Mental hospitals Bombay report 1921-28 - 1921-1928
Year: 1921
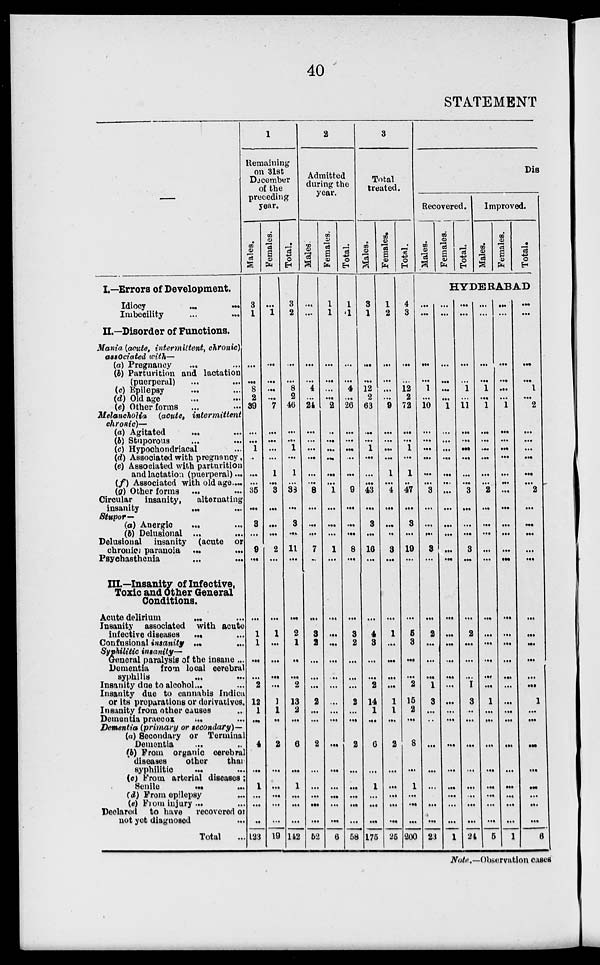
40
STATEMENT
—
I.—Errors of Development.
Idiocy ... ...
Imbecility ... ...
II.—Disorder of Functions.
Mania (acute, intermittent, chronic)
associated with—
(a) Pregnancy ... ...
(b) Parturition and lactation
(puerperal) ... ...
(c) Epilepsy ... ...
(d) Old age ... ...
(e) Other forms ... ...
Melancholia
(acute,
intermittent
chronic)—
(a) Agitated ... ...
(b) Stuporous ... ...
(c) Hypochondriacal ...
(d) Associated with pregnancy ...
(e) Associated with parturition ...
and lactation (puerperal) ...
(f) Associated with old age ...
(g) Other forms ... ...
Circular insanity,
alternating
insanity ... ...
Stupor—
(a) Anergic ... ...
(b) Delusional ... ...
Delusional insanity (acute or
chronic) paranoia ... ...
Psychasthenia
...
...
III.—Insanity of Infective,
Toxic and Other General
Conditions.
Acute delirium ... ...
Insanity associated with acute
infective diseases ... ...
Confusional insanity ... ...
Syphilitic insanity—
General paralysis of the insane ...
Dementia from local cerebral
syphilis
...
...
Insanity due to alcohol ... ...
Insanity due to cannabis Indica
or its preparations or derivatives.
Insanity from other causes ...
Dementia praecox ... ...
Dementia (primary or secondary)—
(a) Secondary or Terminal
Dementia ... ...
(6) From organic cerebral
diseases
other
than
syphilitic ... ...
(c) From arterial diseases
Senile ... ...
(d) From epilepsy ...
(e) From injury ...
Declared to have
recovered or
not yet diagnosed ...
Total ...
1
Remaining
on 31st
December
of the
preceding
year.
Males.
3
1
...
...
8
2
39
...
...
1
..
...
...
35
...
3
...
9
...
...
1
1
...
...
2
12
1
...
4
...
1
...
...
...
123
Females.
...
1
...
...
...
...
7
...
...
...
...
1
...
3
...
...
...
2
...
...
1
...
...
...
...
1
1
...
2
...
...
...
...
...
19
Total.
3
2
...
...
8
2
46
...
...
1
...
1
...
38
...
3
...
11
...
...
2
1
...
...
2
13
2
...
6
...
1
...
...
...
142
2
Admitted
during the
year.
Males.
...
...
...
...
4
...
24
...
...
...
...
...
...
8
...
...
...
7
...
...
3
2
...
...
...
2
...
...
2
...
...
...
...
...
52
Females.
1
1
...
...
...
...
2
...
...
...
...
...
...
1
...
...
...
1
...
...
...
...
...
...
...
...
...
...
...
...
...
...
...
...
6
Total.
1
1
...
...
4
...
26
...
...
...
...
...
...
9
...
...
...
8
...
...
3
2
...
...
...
2
...
...
2
...
...
...
...
...
58
3
Total
treated.
Males.
3
1
...
...
12
2
63
...
...
1
...
...
...
43
...
3
...
16
...
...
4
3
...
...
2
14
1
...
6
...
1
...
...
...
175
Females.
1
2
...
...
...
...
9
...
...
...
...
1
...
4
...
...
...
3
...
...
1
...
...
...
...
1
1
...
2
...
...
...
...
...
25
Total.
4
3
...
...
12
2
72
...
...
1
...
1
..
47
...
3
...
19
...
...
5
3
...
...
2
15
2
...
8
...
1
...
...
...
200
Dis
Recovered.
Males.
Females.
Total.
Improved.
Males.
Females.
Total.
HYDERABAD
...
...
...
...
1
...
10
...
...
...
...
...
...
3
...
...
...
3
...
...
2
...
...
...
1
3
...
...
...
...
...
...
...
...
23
...
...
...
...
...
...
1
...
...
...
...
...
...
...
...
...
...
...
...
...
...
...
...
...
...
...
...
...
...
...
...
...
...
...
1
...
...
...
...
1
...
11
...
...
...
...
...
...
3
...
...
...
3
...
...
2
...
...
...
1
3
...
...
...
...
...
...
...
...
24
...
...
...
...
1
...
1
...
...
...
...
...
...
2
...
...
...
...
...
...
...
...
...
...
...
1
...
...
...
...
...
...
...
...
5
...
...
...
...
...
...
1
...
...
...
...
...
...
...
...
...
...
...
...
...
...
...
...
...
...
...
...
...
...
...
...
...
...
...
1
...
...
...
...
1
...
2
...
...
...
...
...
...
2
...
...
...
...
...
...
...
...
...
...
...
1
...
...
...
...
...
...
...
...
6
Note.—Observation cases